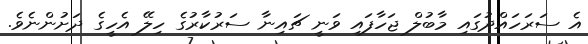
އެ ސަރަހައްދުގައި މާބުލް ޖަހާފައި ވަނީ ޗައިނާ ސަރުކާރުގެ ހިލޭ އެހީގެ ދަށުންނެވެ.